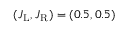
( J _ { \mathrm { L } } , J _ { \mathrm { R } } ) = ( 0 . 5 , 0 . 5 )